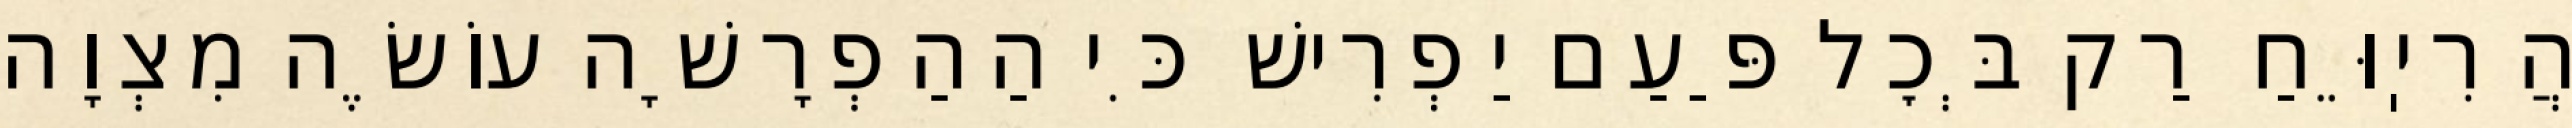
הֲרִיֽוֵּחַ רַק בְּכׇל פַּעַם יַפְרִישׁ כִּי הַהַפְרָשָׁה עוֹשֶׂה מִצְוָה